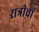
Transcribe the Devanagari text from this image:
रात्रीचां